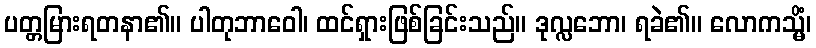
ပတ္တမြားရတနာ၏။ ပါတုဘာဝေါ၊ ထင်ရှားဖြစ်ခြင်းသည်။ ဒုလ္လဘော၊ ရခဲ၏။ လောကသ္မိံ၊